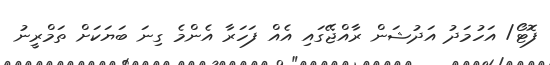
ފޮޓޯ/ އަހުމަދު އަދުޝަން ރާއްޖޭގައި އެއް ފަހަރާ އެންމެ ގިނަ ބަޔަަކަށް ތަމްރީނު